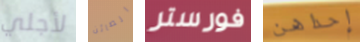
لأجلي الصائن فورستر إحداهن